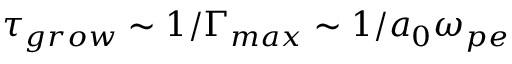
\tau _ { g r o w } \sim 1 / \Gamma _ { m a x } \sim 1 / a _ { 0 } \omega _ { p e }